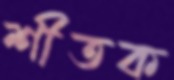
শীতক